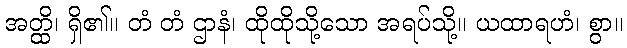
အတ္ထိ၊ ရှိ၏။ တံ တံ ဌာနံ၊ ထိုထိုသို့သော အရပ်သို့။ ယထာရဟံ၊ စွာ။